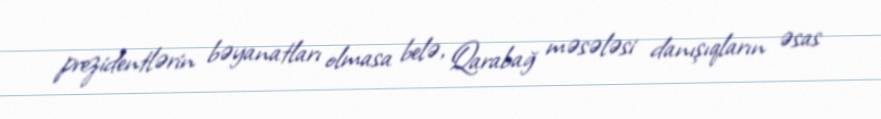
prezidentlərin bəyanatları olmasa belə, Qarabağ məsələsi danışıqların əsas